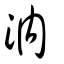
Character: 汭